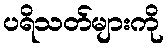
ပရိသတ်များကို